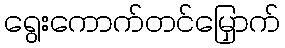
ရွေးကောက်တင်မြှောက်